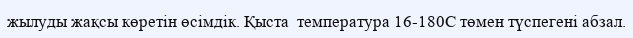
жылуды жақсы көретін өсімдік. Қыста  температура 16-180С төмен түспегені абзал.